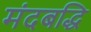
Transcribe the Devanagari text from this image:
मंदबद्धि